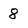
Character: 8